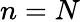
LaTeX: n=N